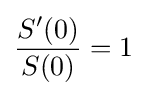
{\frac {S'(0)}{S(0)}}=1